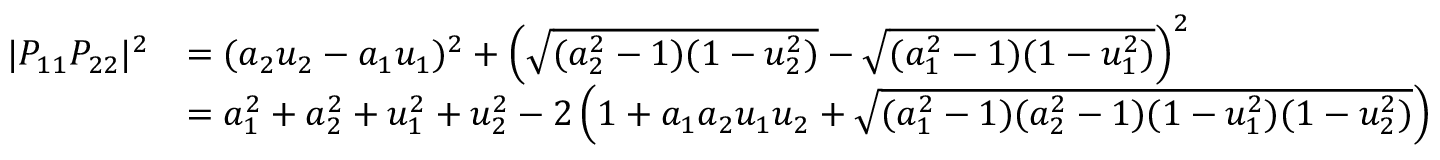
{ \begin{array} { r l } { | P _ { 1 1 } P _ { 2 2 } | ^ { 2 } } & { = ( a _ { 2 } u _ { 2 } - a _ { 1 } u _ { 1 } ) ^ { 2 } + \left( { \sqrt { ( a _ { 2 } ^ { 2 } - 1 ) ( 1 - u _ { 2 } ^ { 2 } ) } } - { \sqrt { ( a _ { 1 } ^ { 2 } - 1 ) ( 1 - u _ { 1 } ^ { 2 } ) } } \right) ^ { 2 } } \\ & { = a _ { 1 } ^ { 2 } + a _ { 2 } ^ { 2 } + u _ { 1 } ^ { 2 } + u _ { 2 } ^ { 2 } - 2 \left( 1 + a _ { 1 } a _ { 2 } u _ { 1 } u _ { 2 } + { \sqrt { ( a _ { 1 } ^ { 2 } - 1 ) ( a _ { 2 } ^ { 2 } - 1 ) ( 1 - u _ { 1 } ^ { 2 } ) ( 1 - u _ { 2 } ^ { 2 } ) } } \right) } \end{array} }